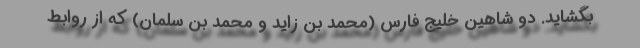
بگشاید. دو شاهین خلیج فارس (محمد بن زاید و محمد بن سلمان) که از روابط